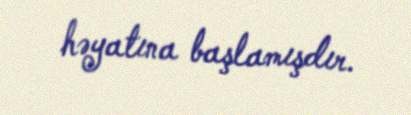
həyatına başlamışdır.